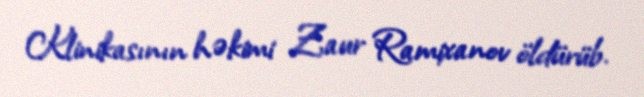
Klinikasının həkimi Zaur Ramixanov öldürüb.